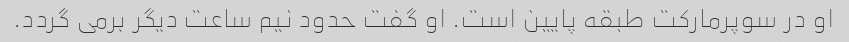
او در سوپرمارکت طبقه پایین است. او گفت حدود نیم ساعت دیگر برمی گردد.